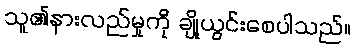
သူ၏နားလည်မှုကို ချို့ယွင်းစေပါသည်။